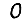
Digit: 0